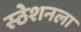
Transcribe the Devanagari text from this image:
स्ठेशनला